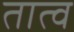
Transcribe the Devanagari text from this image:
तात्व